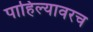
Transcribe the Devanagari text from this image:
पाहिल्यावरच